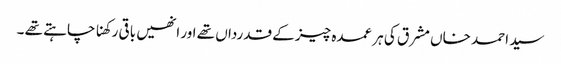
سید احمد خاں مشرق کی ہر عمدہ چیز کے قدرداں تھے اور انھیں باقی رکھنا چاہتے تھے ۔